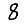
Digit: 8